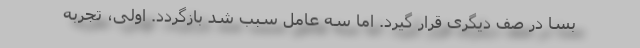
بسا در صف دیگری قرار گیرد. اما سه عامل سبب شد بازگردد. اولی، تجربه